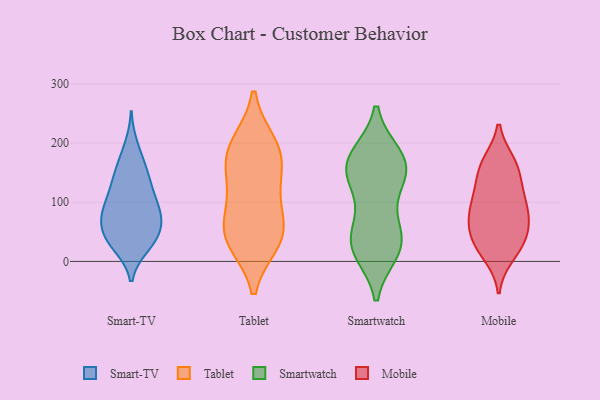
{"axis": {"x": "Humidity (%)", "y": "Value"}, "legend": ["Mobile", "Smart-TV", "Smartwatch", "Tablet"], "data": [{"x": "", "y": 74, "type": "Smart-TV"}, {"x": "", "y": 95, "type": "Smart-TV"}, {"x": "", "y": 195, "type": "Smart-TV"}, {"x": "", "y": 95, "type": "Smart-TV"}, {"x": "", "y": 28, "type": "Smart-TV"}, {"x": "", "y": 149, "type": "Smart-TV"}, {"x": "", "y": 36, "type": "Smart-TV"}, {"x": "", "y": 44, "type": "Smart-TV"}, {"x": "", "y": 57, "type": "Smart-TV"}, {"x": "", "y": 79, "type": "Smart-TV"}, {"x": "", "y": 148, "type": "Smart-TV"}, {"x": "", "y": 69, "type": "Smart-TV"}, {"x": "", "y": 128, "type": "Smart-TV"}, {"x": "", "y": 169, "type": "Smart-TV"}, {"x": "", "y": 26, "type": "Smart-TV"}, {"x": "", "y": 35, "type": "Smart-TV"}, {"x": "", "y": 125, "type": "Smart-TV"}, {"x": "", "y": 71, "type": "Smart-TV"}, {"x": "", "y": 101, "type": "Smart-TV"}, {"x": "", "y": 195, "type": "Tablet"}, {"x": "", "y": 48, "type": "Tablet"}, {"x": "", "y": 96, "type": "Tablet"}, {"x": "", "y": 34, "type": "Tablet"}, {"x": "", "y": 40, "type": "Tablet"}, {"x": "", "y": 198, "type": "Tablet"}, {"x": "", "y": 50, "type": "Tablet"}, {"x": "", "y": 165, "type": "Tablet"}, {"x": "", "y": 123, "type": "Tablet"}, {"x": "", "y": 169, "type": "Tablet"}, {"x": "", "y": 162, "type": "Smartwatch"}, {"x": "", "y": 130, "type": "Smartwatch"}, {"x": "", "y": 178, "type": "Smartwatch"}, {"x": "", "y": 18, "type": "Smartwatch"}, {"x": "", "y": 144, "type": "Smartwatch"}, {"x": "", "y": 175, "type": "Smartwatch"}, {"x": "", "y": 75, "type": "Smartwatch"}, {"x": "", "y": 151, "type": "Smartwatch"}, {"x": "", "y": 170, "type": "Smartwatch"}, {"x": "", "y": 28, "type": "Smartwatch"}, {"x": "", "y": 34, "type": "Smartwatch"}, {"x": "", "y": 37, "type": "Smartwatch"}, {"x": "", "y": 24, "type": "Smartwatch"}, {"x": "", "y": 88, "type": "Mobile"}, {"x": "", "y": 121, "type": "Mobile"}, {"x": "", "y": 37, "type": "Mobile"}, {"x": "", "y": 76, "type": "Mobile"}, {"x": "", "y": 18, "type": "Mobile"}, {"x": "", "y": 73, "type": "Mobile"}, {"x": "", "y": 166, "type": "Mobile"}, {"x": "", "y": 62, "type": "Mobile"}, {"x": "", "y": 161, "type": "Mobile"}, {"x": "", "y": 44, "type": "Mobile"}, {"x": "", "y": 10, "type": "Mobile"}, {"x": "", "y": 142, "type": "Mobile"}, {"x": "", "y": 36, "type": "Mobile"}, {"x": "", "y": 108, "type": "Mobile"}, {"x": "", "y": 98, "type": "Mobile"}, {"x": "", "y": 167, "type": "Mobile"}]}